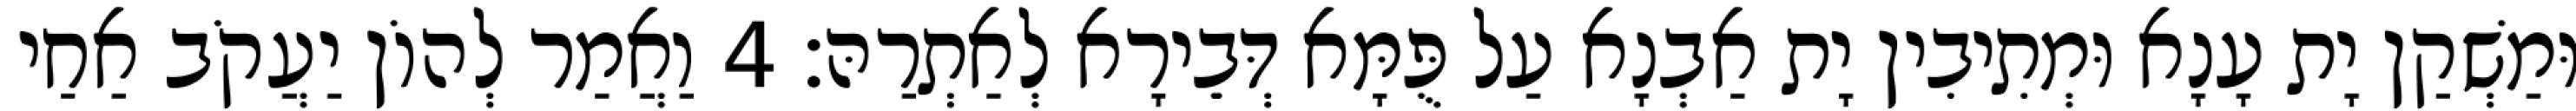
וּמַשְׁקַן יָת עָנָא וּמְתִיבִין יָת אַבְנָא עַל פֻּמָּא דְּבֵירָא לְאַתְרַהּ׃ 4 וַאֲמַר לְהוֹן יַעֲקֹב אַחַי